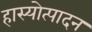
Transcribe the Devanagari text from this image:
हास्योत्पादन